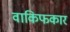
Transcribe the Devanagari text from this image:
वाकिफकार